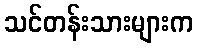
သင်တန်းသားများက